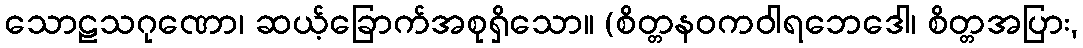
သောဠသဂုဏော၊ ဆယ့်ခြောက်အစုရှိသော။ (စိတ္တနဝကဝါရဘေဒေါ၊ စိတ္တအပြား,